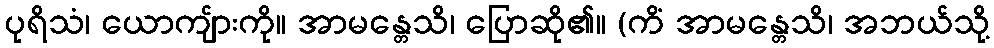
ပုရိသံ၊ ယောကျ်ားကို။ အာမန္တေသိ၊ ပြောဆို၏။ (ကိံ အာမန္တေသိ၊ အဘယ်သို့